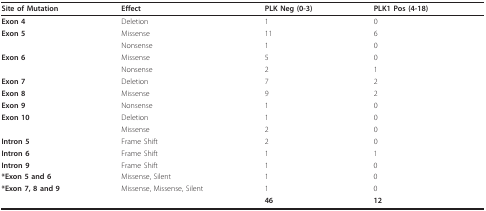
<table><thead><tr><td><b>Site of Mutation</b></td><td><b>Effect</b></td><td><b>PLK Neg (0-3)</b></td><td><b>PLK1 Pos (4-18)</b></td></tr></thead><tbody><tr><td><b>Exon 4</b></td><td>Deletion</td><td>1</td><td>0</td></tr><tr><td><b>Exon 5</b></td><td>Missense</td><td>11</td><td>6</td></tr><tr><td></td><td>Nonsense</td><td>1</td><td>0</td></tr><tr><td><b>Exon 6</b></td><td>Missense</td><td>5</td><td>0</td></tr><tr><td></td><td>Nonsense</td><td>2</td><td>1</td></tr><tr><td><b>Exon 7</b></td><td>Deletion</td><td>7</td><td>2</td></tr><tr><td><b>Exon 8</b></td><td>Missense</td><td>9</td><td>2</td></tr><tr><td><b>Exon 9</b></td><td>Nonsense</td><td>1</td><td>0</td></tr><tr><td><b>Exon 10</b></td><td>Deletion</td><td>1</td><td>0</td></tr><tr><td></td><td>Missense</td><td>2</td><td>0</td></tr><tr><td><b>Intron 5</b></td><td>Frame Shift</td><td>2</td><td>0</td></tr><tr><td><b>Intron 6</b></td><td>Frame Shift</td><td>1</td><td>1</td></tr><tr><td><b>Intron 9</b></td><td>Frame Shift</td><td>1</td><td>0</td></tr><tr><td><b>*Exon 5 and 6</b></td><td>Missense, Silent</td><td>1</td><td>0</td></tr><tr><td><b>*Exon 7, 8 and 9</b></td><td>Missense, Missense, Silent</td><td>1</td><td>0</td></tr><tr><td></td><td></td><td><b>46</b></td><td><b>12</b></td></tr></tbody></table>